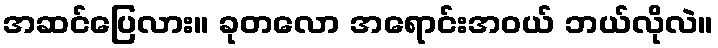
အဆင်ပြေလား။ ခုတလော အရောင်းအဝယ် ဘယ်လိုလဲ။